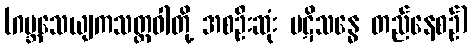
(ဂဗ္ဘသေယျကသတ္တဝါတို့ အစဦးဆုံး ပဋိသန္ဓေ တည်နေစဉ်)